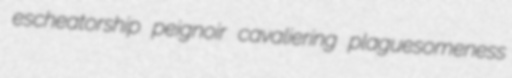
escheatorship peignoir cavaliering plaguesomeness